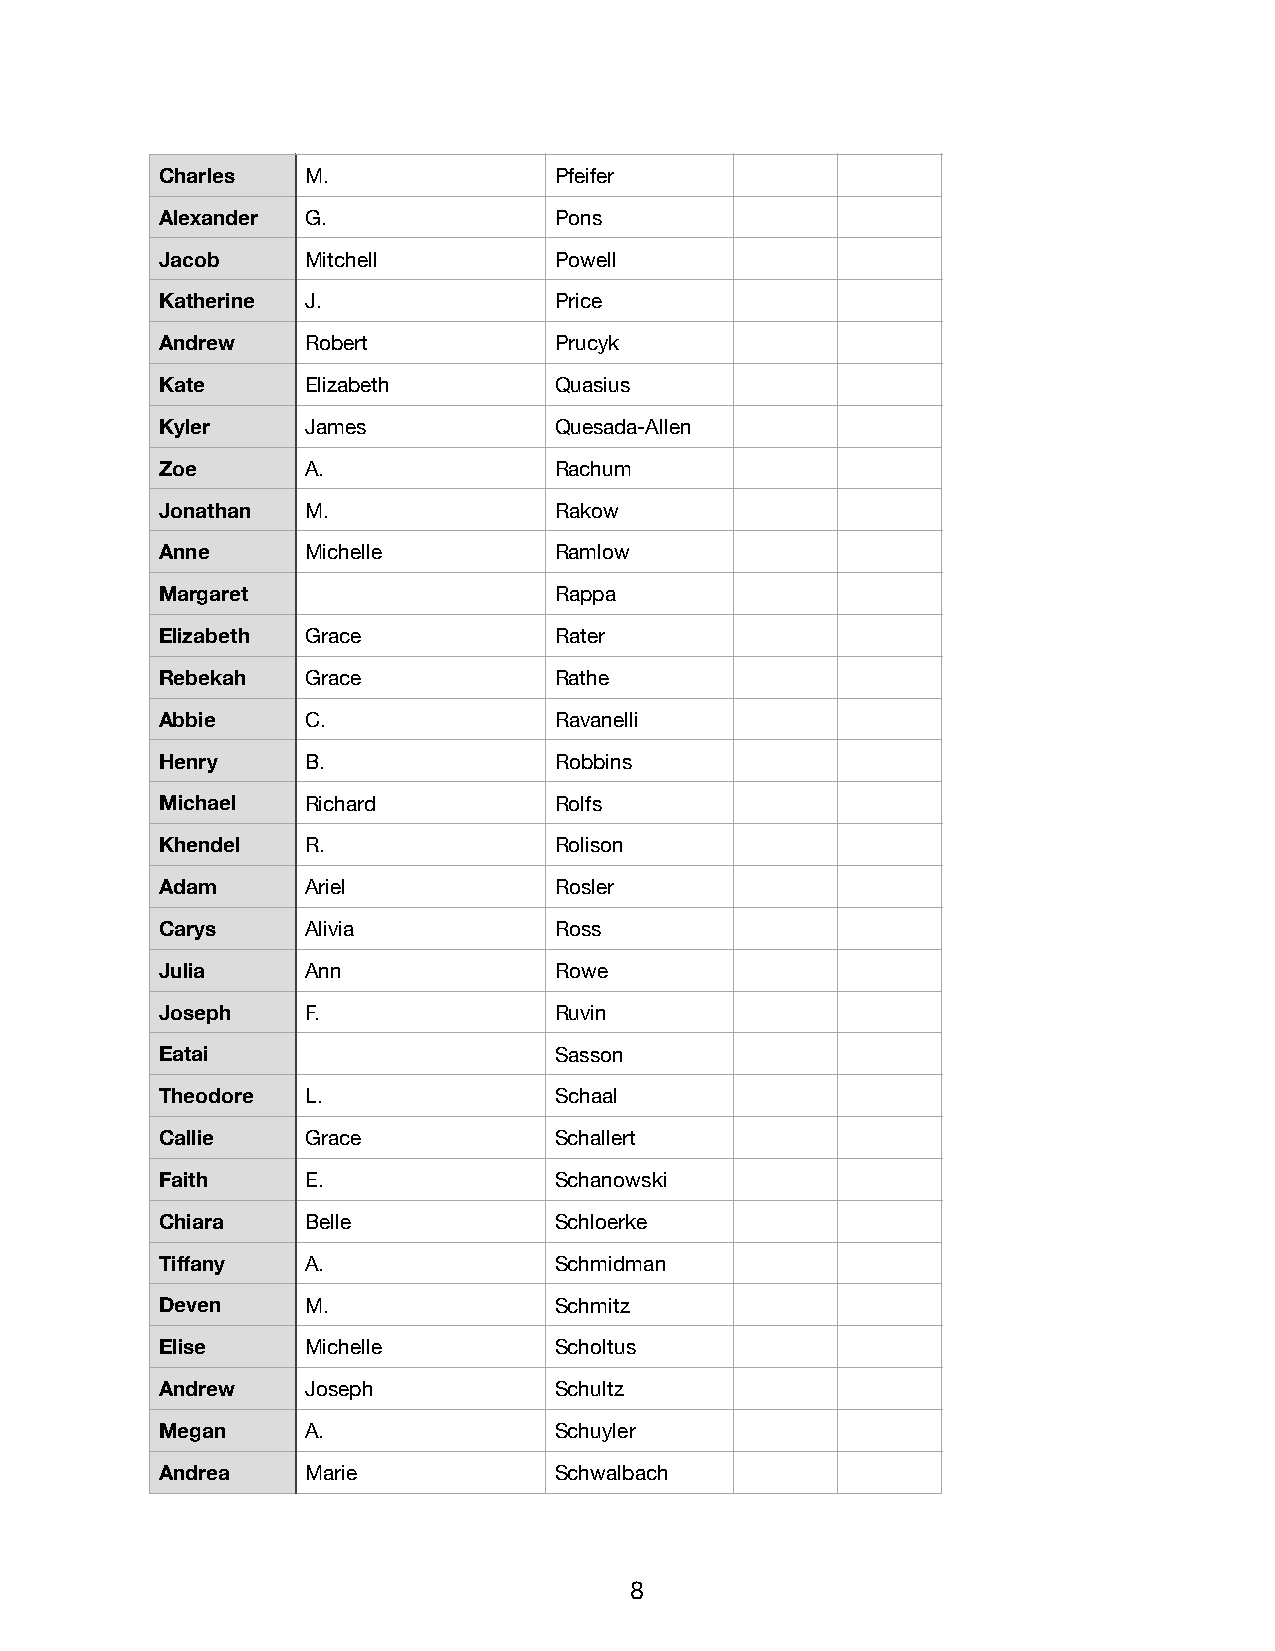
Charles  M.               Pfeifer
 Alexander G.              Pons
 Jacob    Mitchell         Powell
 Katherine J.              Price
 Andrew   Robert           Prucyk
 Kate     Elizabeth        Quasius
 Kyler    James            Quesada-Allen
 Zoe      A.               Rachum
 Jonathan M.               Rakow
 Anne     Michelle         Ramlow
 Margaret                  Rappa
 Elizabeth Grace           Rater
 Rebekah  Grace            Rathe
 Abbie    C.               Ravanelli
 Henry    B.               Robbins
 Michael  Richard          Rolfs
 Khendel  R.               Rolison
 Adam     Ariel            Rosler
 Carys    Alivia           Ross
 Julia    Ann              Rowe
 Joseph   F.               Ruvin
 Eatai                     Sasson
 Theodore L.               Schaal
 Callie   Grace            Schallert
 Faith    E.               Schanowski
 Chiara   Belle            Schloerke
 Tiffany  A.               Schmidman
 Deven    M.               Schmitz
 Elise    Michelle         Scholtus
 Andrew   Joseph           Schultz
 Megan    A.               Schuyler
 Andrea   Marie            Schwalbach
 8